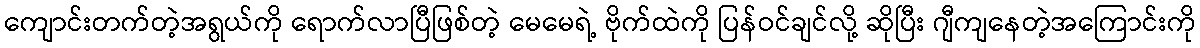
ကျောင်းတက်တဲ့အရွယ်ကို ရောက်လာပြီဖြစ်တဲ့ မေမေရဲ့ ဗိုက်ထဲကို ပြန်ဝင်ချင်လို့ ဆိုပြီး ဂျီကျနေတဲ့အကြောင်းကို